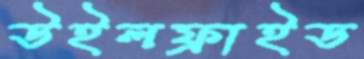
উইলফ্রাইড